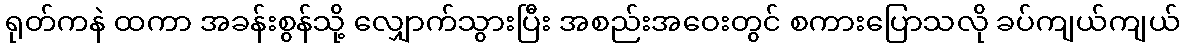
ရုတ်ကနဲ ထကာ အခန်းစွန်သို့ လျှောက်သွားပြီး အစည်းအဝေးတွင် စကားပြောသလို ခပ်ကျယ်ကျယ်